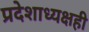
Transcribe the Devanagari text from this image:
प्रदेशाध्यक्षही